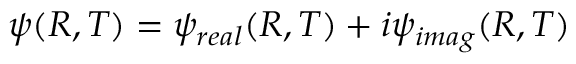
\psi ( R , T ) = \psi _ { r e a l } ( R , T ) + i \psi _ { i m a g } ( R , T )